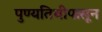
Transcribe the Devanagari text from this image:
पुण्यतिथीपासून